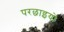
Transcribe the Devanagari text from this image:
परछाइयों